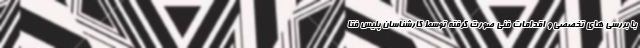
با بررسی های تخصصی و اقدامات فنی صورت گرفته توسط کارشناسان پلیس فتا